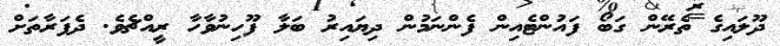
ދޫލައިގެ ތެރޭން ގަބޯ ފައުންޓެއިން ފެންނަމުން ދިޔައިރު ބަލާ ފޫހިނުވާހާ ރީއްޗެވެ. ދެފަރާތަށް